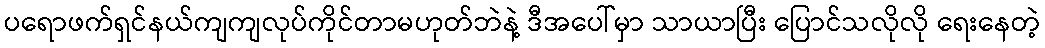
ပရောဖက်ရှင်နယ်ကျကျလုပ်ကိုင်တာမဟုတ်ဘဲနဲ့ ဒီအပေါ်မှာ သာယာပြီး ပြောင်သလိုလို ရေးနေတဲ့